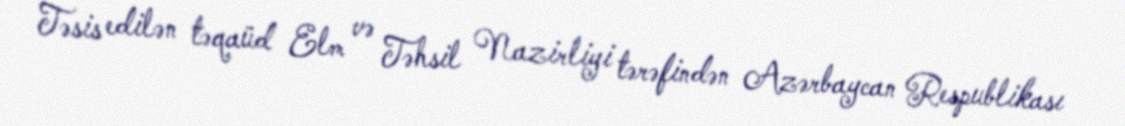
Təsis edilən təqaüd Elm və Təhsil Nazirliyi tərəfindən Azərbaycan Respublikası